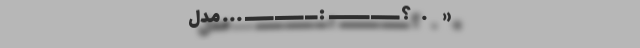
«       .     ؟ ـــــــ ــــــــــ  : ـــ ـــــــ ـــــــ ... مدل